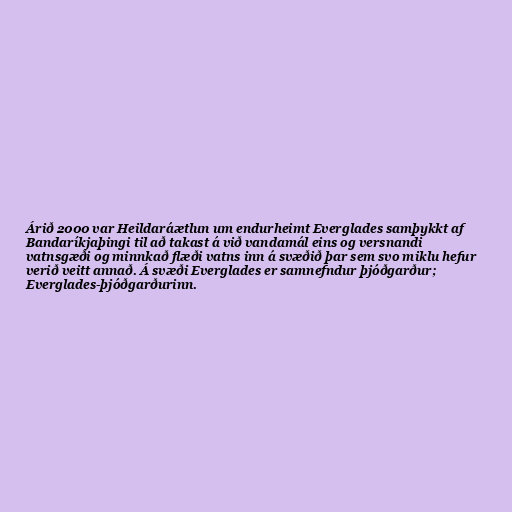
Árið 2000 var Heildaráætlun um endurheimt Everglades samþykkt af
Bandaríkjaþingi til að takast á við vandamál eins og versnandi
vatnsgæði og minnkað flæði vatns inn á svæðið þar sem svo miklu hefur
verið veitt annað. Á svæði Everglades er samnefndur þjóðgarður;
Everglades-þjóðgarðurinn.